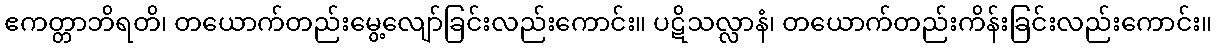
ဧကတ္တာဘိရတိ၊ တယောက်တည်းမွေ့လျော်ခြင်းလည်းကောင်း။ ပဋိသလ္လာနံ၊ တယောက်တည်းကိန်းခြင်းလည်းကောင်း။